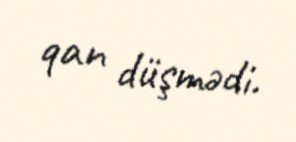
qan düşmədi.